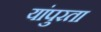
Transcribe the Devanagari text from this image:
यांपुरता